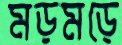
মড়মড়ে